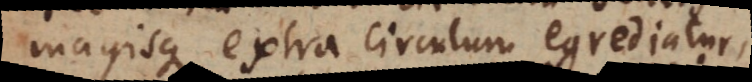
magisque extra circulum egrediatur,